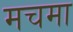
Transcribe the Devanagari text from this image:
मचमा